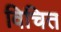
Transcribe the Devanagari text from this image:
विचित